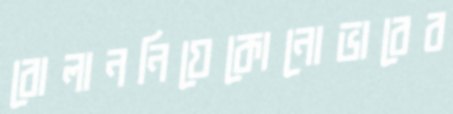
বোলাননিযেকোনোভাবেব